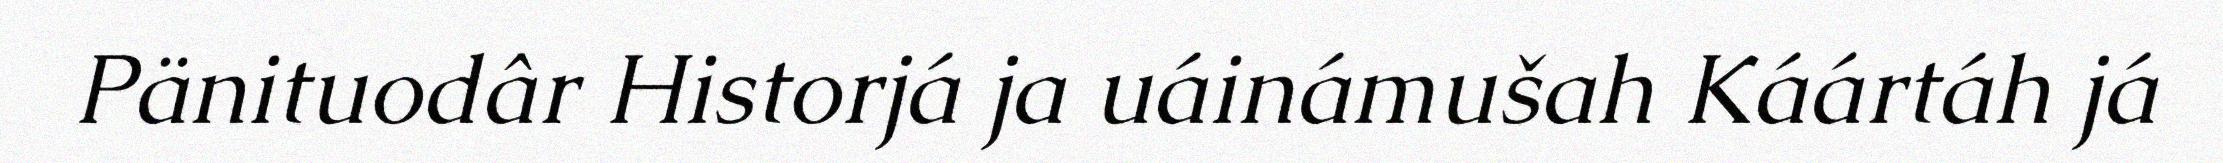
Pänituodâr Historjá ja uáinámušah Káártáh já